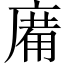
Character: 𢊑